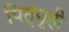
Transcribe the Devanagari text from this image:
पितृगृही